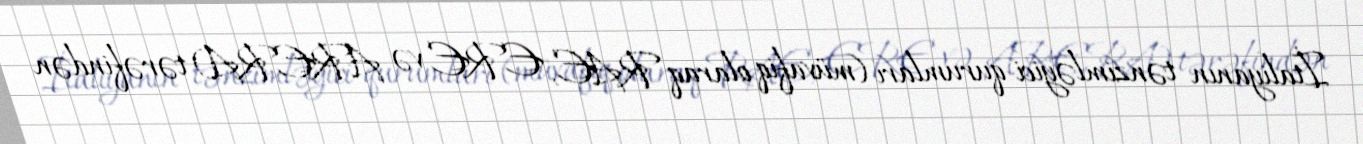
İtaliyanın tənzimləyici qurumları (müvafiq olaraq RAE, ERE və ARERA) tərəfindən